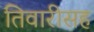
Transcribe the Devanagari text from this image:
तिवारीसह